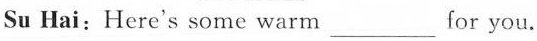
Su Hai:Here's some warm ___ for you.